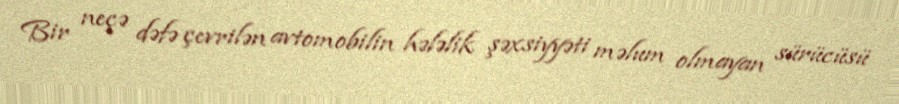
Bir neçə dəfə çevrilən avtomobilin hələlik şəxsiyyəti məlum olmayan sürücüsü